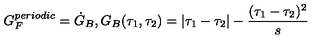
G _ { F } ^ { p e r i o d i c } = \dot { G } _ { B } , G _ { B } ( \tau _ { 1 } , \tau _ { 2 } ) = | \tau _ { 1 } - \tau _ { 2 } | - \frac { ( \tau _ { 1 } - \tau _ { 2 } ) ^ { 2 } } { s }